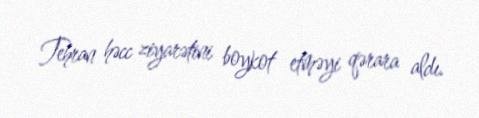
Tehran həcc ziyarətini boykot etməyi qərara aldı.